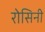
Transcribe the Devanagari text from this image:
रोसिनी